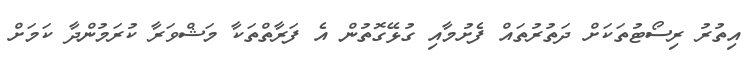
އިތުރު ރިސޯޓުތަކަށް ދަތުރުތައް ފެށުމާއި ގުޅޭގޮތުން އެ ފަރާތްތަކާ މަޝްވަރާ ކުރަމުންދާ ކަމަށް